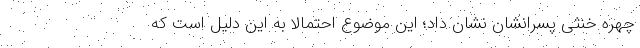
چهره خنثی پسرانشان نشان داد؛ این موضوع احتمالاً به این دلیل است که